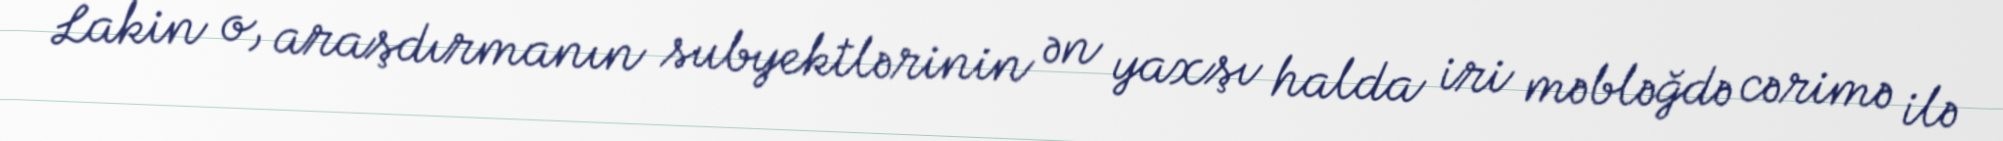
Lakin o, araşdırmanın subyektlərinin ən yaxşı halda iri məbləğdə cərimə ilə